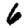
Digit: 6